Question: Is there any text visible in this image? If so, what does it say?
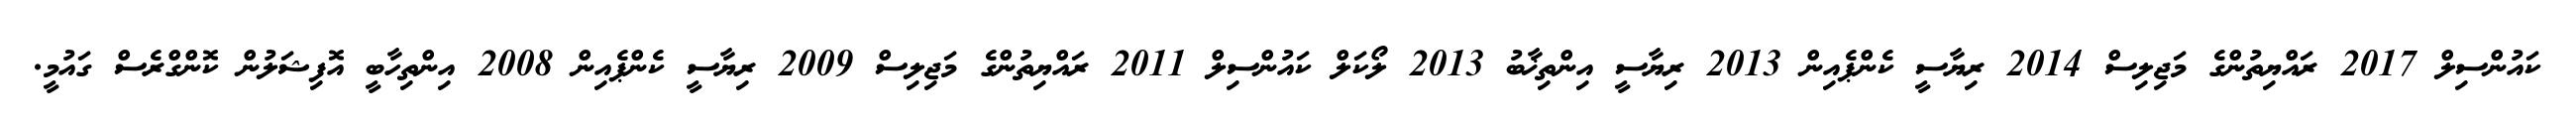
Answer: ކައުންސިލް 2017 ރައްޔިތުންގެ މަޖިލިސް 2014 ރިޔާސީ ކެންޕެއިން 2013 ރިޔާސީ އިންތިޚާބު 2013 ލޯކަލް ކައުންސިލް 2011 ރައްޔިތުންގެ މަޖިލިސް 2009 ރިޔާސީ ކެންޕެއިން 2008 އިންތިހާބީ އޮފިޝަލުން ކޮންގްރެސް ގައުމީ.